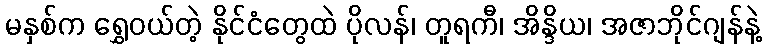
မနှစ်က ရွှေဝယ်တဲ့ နိုင်ငံတွေထဲ ပိုလန်၊ တူရကီ၊ အိန္ဒိယ၊ အဇာဘိုင်ဂျန်နဲ့